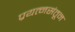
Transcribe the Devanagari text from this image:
प्रयत्‍नसंतून